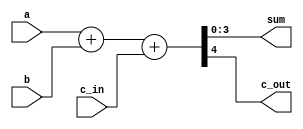
module fulladder4 (
    input [3:0] a, b, 
    input c_in,
    output [3:0] sum, 
    output c_out
);

assign {c_out, sum} = a + b + c_in;

endmodule